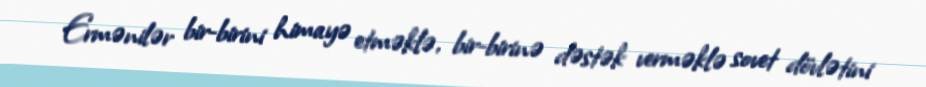
Ermənilər bir-birini himayə etməklə, bir-birinə dəstək verməklə sovet dövlətini